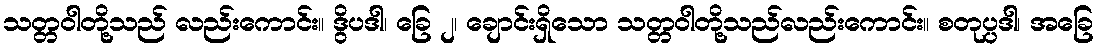
သတ္တဝါတို့သည် လည်းကောင်း။ ဒွိပဒါ၊ ခြေ ၂၊ ချောင်းရှိသော သတ္တဝါတို့သည်လည်းကောင်း။ စတုပ္ပဒါ၊ အခြေ